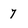
Character: 7